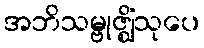
အဘိသမ္ဗုဇ္ဈိံသုပေ